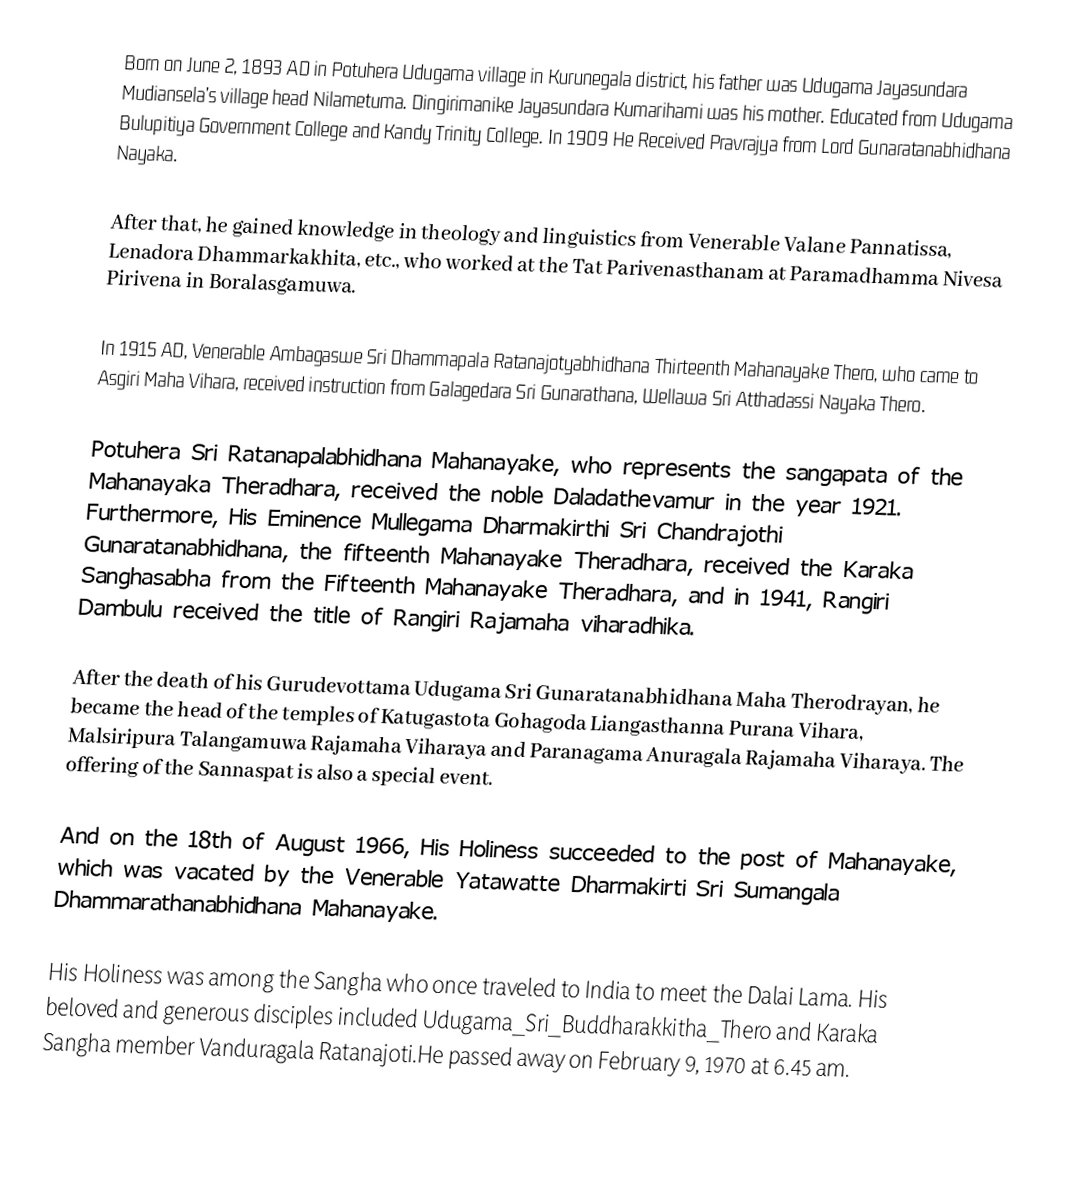
Born on June 2, 1893 AD in Potuhera Udugama village in Kurunegala district, his father was Udugama Jayasundara Mudiansela's village head Nilametuma. Dingirimanike Jayasundara Kumarihami was his mother. Educated from Udugama Bulupitiya Government College and Kandy Trinity College. In 1909 He Received Pravrajya from Lord Gunaratanabhidhana Nayaka.

      After that, he gained knowledge in theology and linguistics from Venerable Valane Pannatissa, Lenadora Dhammarkakhita, etc., who worked at the Tat Parivenasthanam at Paramadhamma Nivesa Pirivena in Boralasgamuwa.

In 1915 AD, Venerable Ambagaswe Sri Dhammapala Ratanajotyabhidhana Thirteenth Mahanayake Thero, who came to Asgiri Maha Vihara, received instruction from Galagedara Sri Gunarathana, Wellawa Sri Atthadassi Nayaka Thero.

Potuhera Sri Ratanapalabhidhana Mahanayake, who represents the sangapata of the Mahanayaka Theradhara, received the noble Daladathevamur in the year 1921. Furthermore, His Eminence Mullegama Dharmakirthi Sri Chandrajothi Gunaratanabhidhana, the fifteenth Mahanayake Theradhara, received the Karaka Sanghasabha from the Fifteenth Mahanayake Theradhara, and in 1941, Rangiri Dambulu received the title of Rangiri Rajamaha viharadhika.

        After the death of his Gurudevottama Udugama Sri Gunaratanabhidhana Maha Therodrayan, he became the head of the temples of Katugastota Gohagoda Liangasthanna Purana Vihara, Malsiripura Talangamuwa Rajamaha Viharaya and Paranagama Anuragala Rajamaha Viharaya. The offering of the Sannaspat is also a special event.

    And on the 18th of August 1966, His Holiness succeeded to the post of Mahanayake, which was vacated by the Venerable Yatawatte Dharmakirti Sri Sumangala Dhammarathanabhidhana Mahanayake.

    His Holiness was among the Sangha who once traveled to India to meet the Dalai Lama. His beloved and generous disciples included  Udugama_Sri_Buddharakkitha_Thero and Karaka Sangha member Vanduragala Ratanajoti.He passed away on February 9, 1970 at 6.45 am.